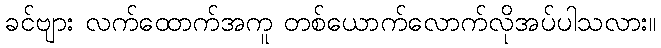
ခင်ဗျား လက်ထောက်အကူ တစ်ယောက်လောက်လိုအပ်ပါသလား။